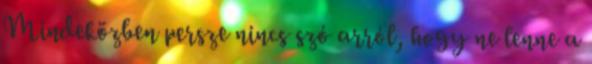
Mindeközben persze nincs szó arról, hogy ne lenne a